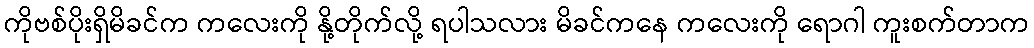
ကိုဗစ်ပိုးရှိမိခင်က ကလေးကို နို့တိုက်လို့ ရပါသလား မိခင်ကနေ ကလေးကို ရောဂါ ကူးစက်တာက